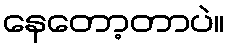
နေတော့တာပဲ။